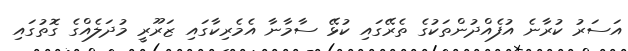
އަސަރު ކުރާނެ އުފެއްދުންތަކުގެ ތެރޭގައި ކުޅޭ ސާމާނާ އެމެރިކާގައި ޒަރޫރީ މުދަލެއްގެ ގޮތުގައި